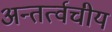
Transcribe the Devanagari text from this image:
अन्तर्त्वचीय